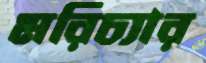
মরিচ্যার